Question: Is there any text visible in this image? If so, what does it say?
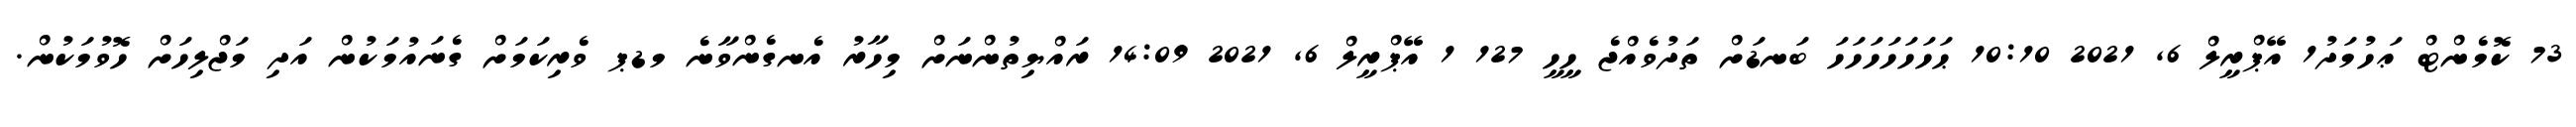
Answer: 73 ކޮމެންޓް ޢަހުމަދު1 އޭޕްރީލް 6, 2021 10:10 ޙަހަހަހަހަހަހަ ބަނޑަށް ތަދުވެއްޖެ ހީހީ 127 1 އޭޕްރީލް 6, 2021 14:09 ރައްޔިތުންނަށް މިހާރު އެނގެންވާނެ މޑޕ ވެރިކަމަށް ގެނައުމަކުން އަދި މަޖްލިހަށް ހޮވުމަކުން.